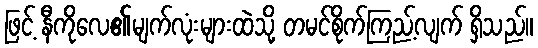
ဖြင့် နီကိုလေ၏မျက်လုံးများထဲသို့ တမင်စိုက်ကြည့်လျက် ရှိသည်။